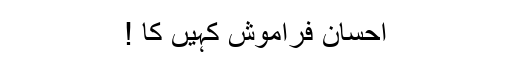
احسان فراموش کہیں کا !